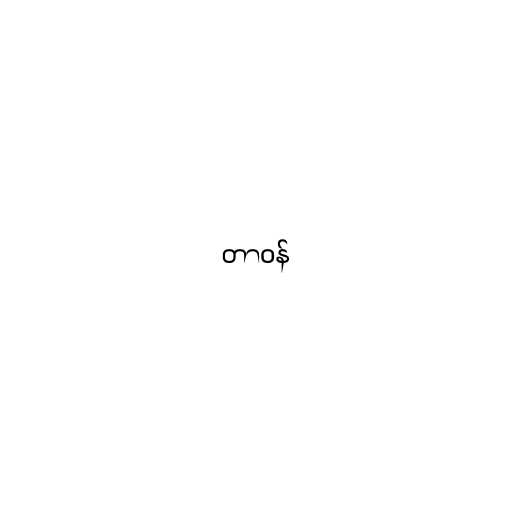
တာဝန်